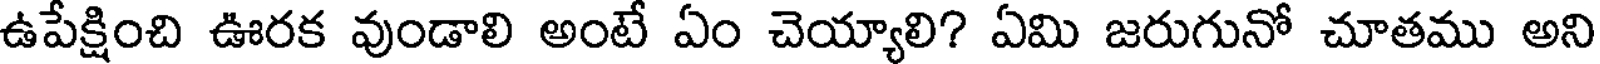
ఉపేక్షించి ఊరక వుండాలి అంటే ఏం చెయ్యాలి? ఏమి జరుగునో చూతము అని